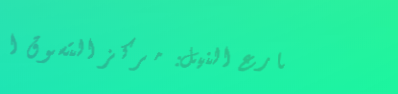
شارع النيل: مركز التسوق ا